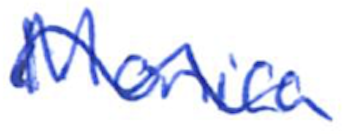
Text: Monica
Cross-out: mix
Writing tool: ballpoint